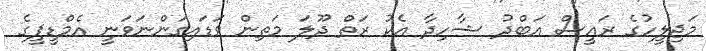
މަޖިލީހުގެ ރައީސް އަބްދު ޝާހިދާ އެކު ރަތް ދޫލަ މަތިން ވަޑައިގަންނަވަނީ އެމްޑީޕީގެ